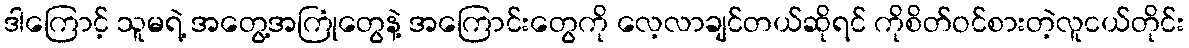
ဒါကြောင့် သူမရဲ့ အတွေ့အကြုံတွေနဲ့ အကြောင်းတွေကို လေ့လာချင်တယ်ဆိုရင် ကိုစိတ်ဝင်စားတဲ့လူငယ်တိုင်း